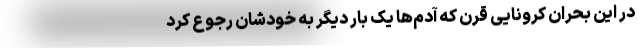
در این بحران کرونایی قرن که آدم‌ها یک بار دیگر به خودشان رجوع کرد